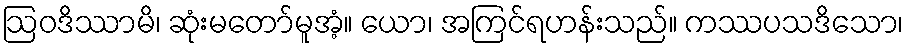
ဩဝဒိဿာမိ၊ ဆုံးမတော်မူအံ့။ ယော၊ အကြင်ရဟန်းသည်။ ကဿပသဒိသော၊